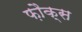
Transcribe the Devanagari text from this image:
फ़ौक्स